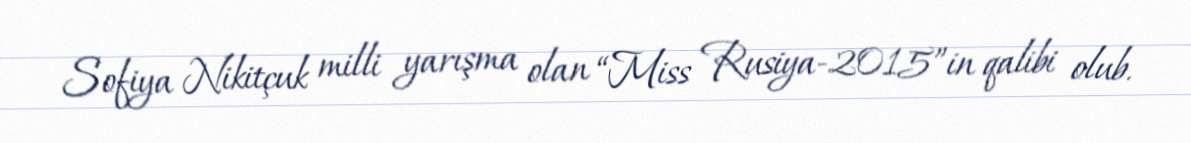
Sofiya Nikitçuk milli yarışma olan “Miss Rusiya-2015”in qalibi olub.